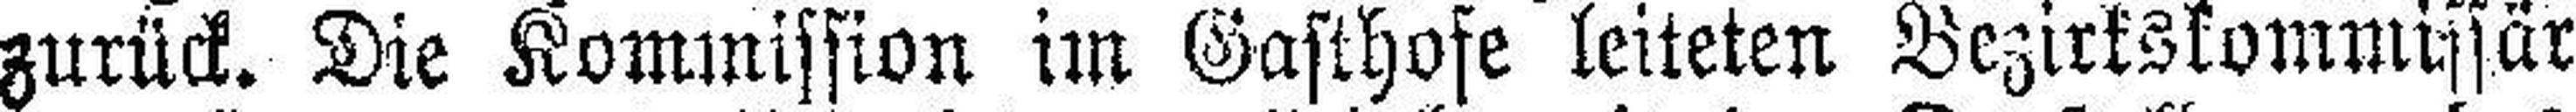
zurück. Die Kommission im Gasthofe leiteten Bezirkskommissär